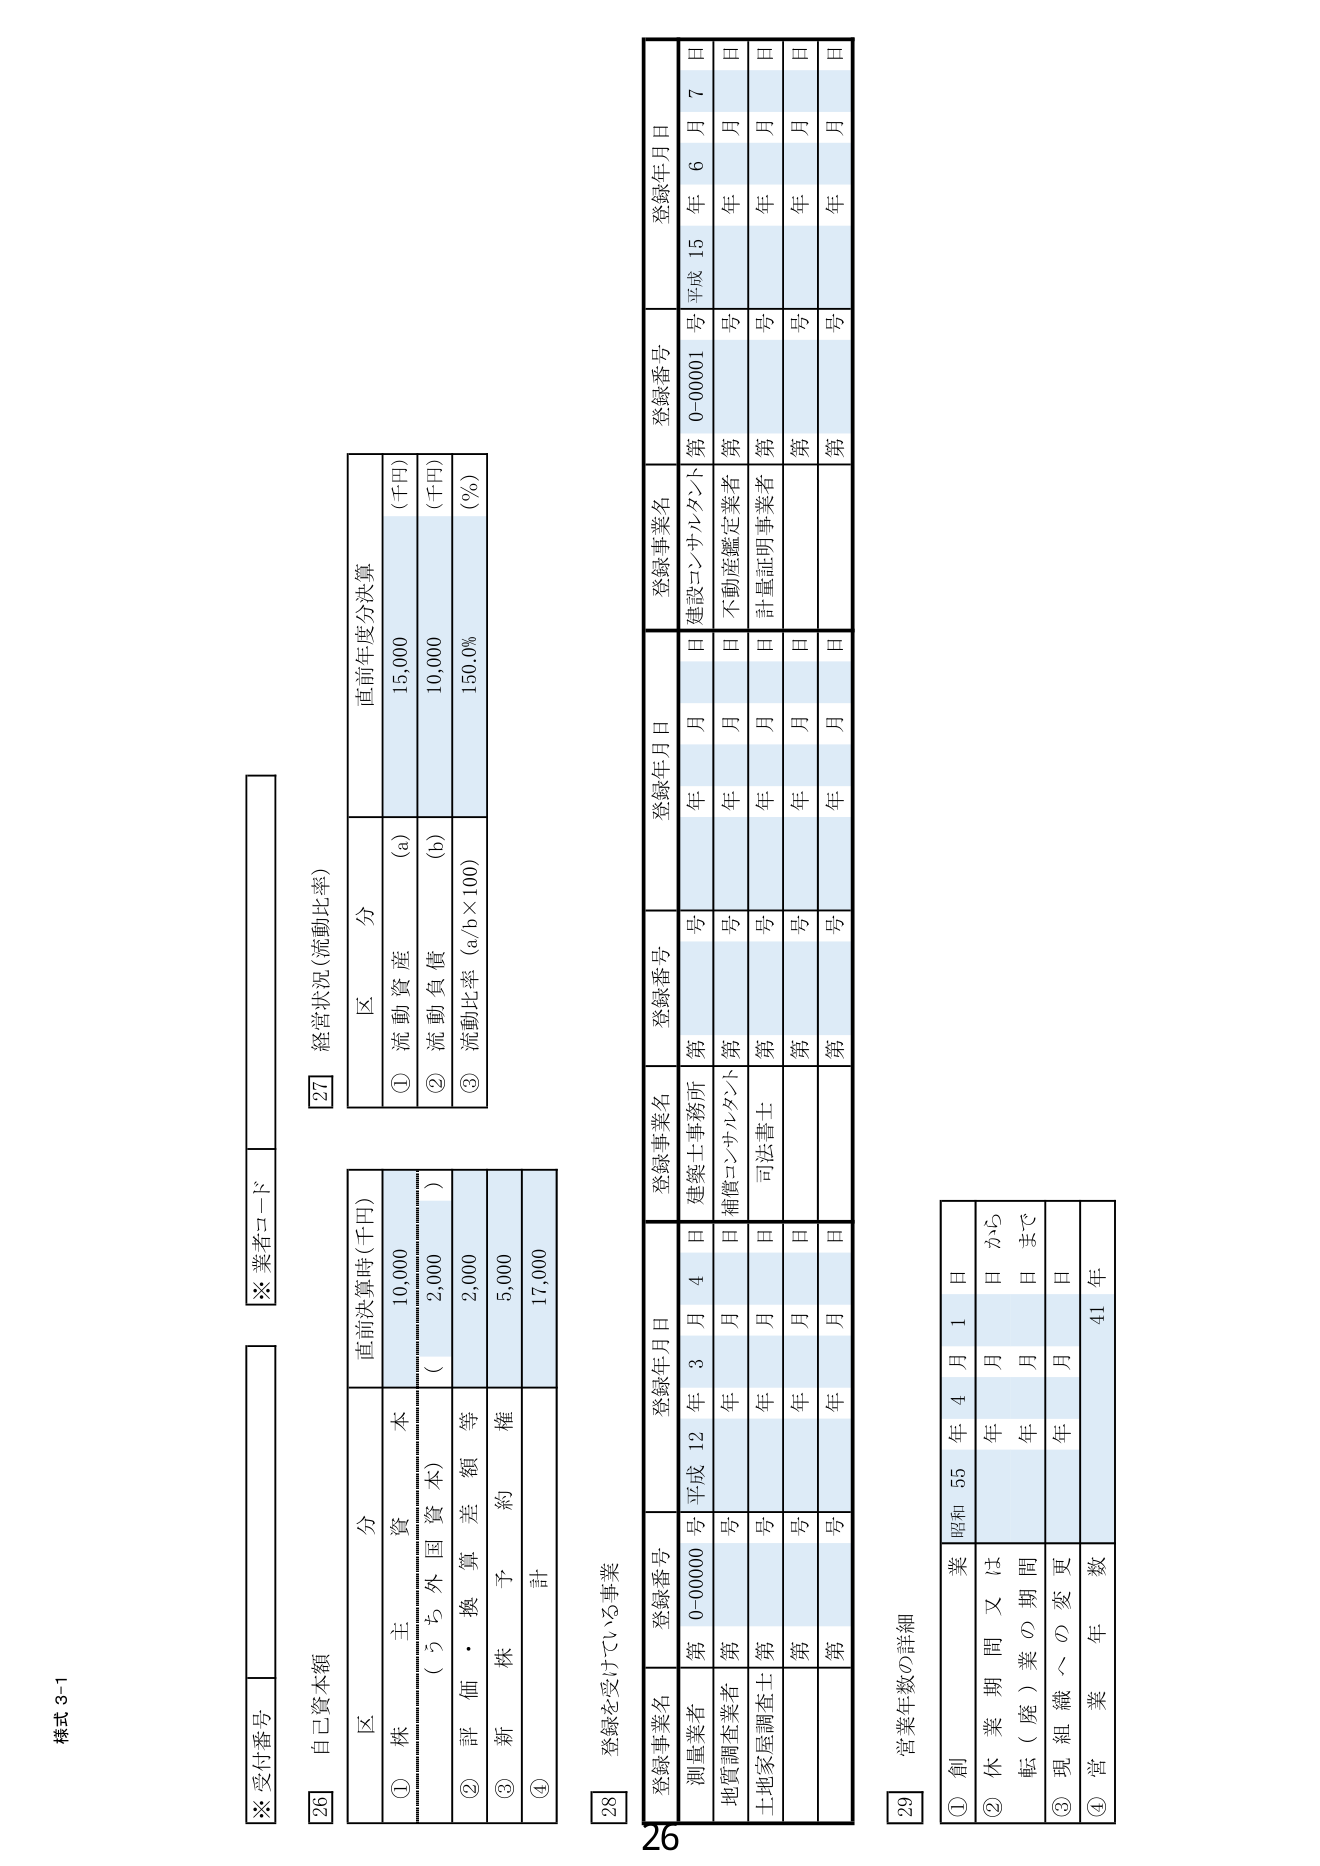
様式 3-1
※ 受付番号
※ 業者コード

26 自己資本額
区 分
① 株 主 資 本
（うち外国資本）
② 評 価 ・ 換 算 差 額 等
③ 新 株 予 約 権
④ 計
直前決算時（千円）
10,000
（ 2,000 ）
2,000
5,000
17,000

27 経営状況（流動比率）
区 分
① 流動資産 （a）
② 流動負債 （b）
③ 流動比率（a/b×100）
直前年度分決算
（千円）
15,000
（千円）
10,000
（%）
150.0%

28 登録を受けている事業
登録事業名
登録番号
登録年月日
登録事業名
登録番号
登録年月日
登録事業名
登録番号
登録年月日
測量業者
第 0-00000 号
平成 12 年 3 月 4 日
建築士事務所
第 号
年 月 日
建設コンサルタント
第 0-00001 号
平成 15 年 6 月 7 日
地質調査業者
第 号
年 月 日
補償コンサルタント
第 号
年 月 日
不動産鑑定業者
第 号
年 月 日
土地家屋調査士
第 号
年 月 日
司法書士
第 号
年 月 日
計量証明事業者
第 号
年 月 日
第 号
年 月 日
第 号
年 月 日
第 号
年 月 日

29 営業年数の詳細
① 創 業 昭和 55 年 4 月 1 日
② 休 業 期 間 又 は 転（廃）業の期間
年 月 日 から
年 月 日 まで
③ 現 組 織 へ の 変 更
年 月 日
④ 営 業 年 数
41 年

26